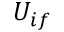
U _ { i f }